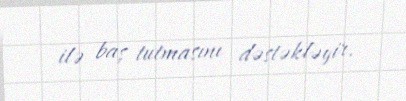
ilə baş tutmasını dəstəkləyir.